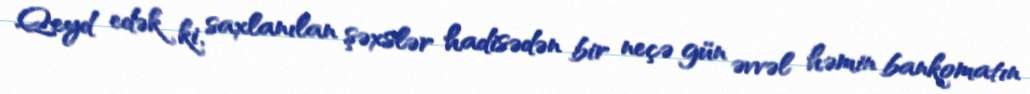
Qeyd edək ki, saxlanılan şəxslər hadisədən bir neçə gün əvvəl həmin bankomatın